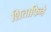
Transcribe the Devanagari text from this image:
शिताफिने